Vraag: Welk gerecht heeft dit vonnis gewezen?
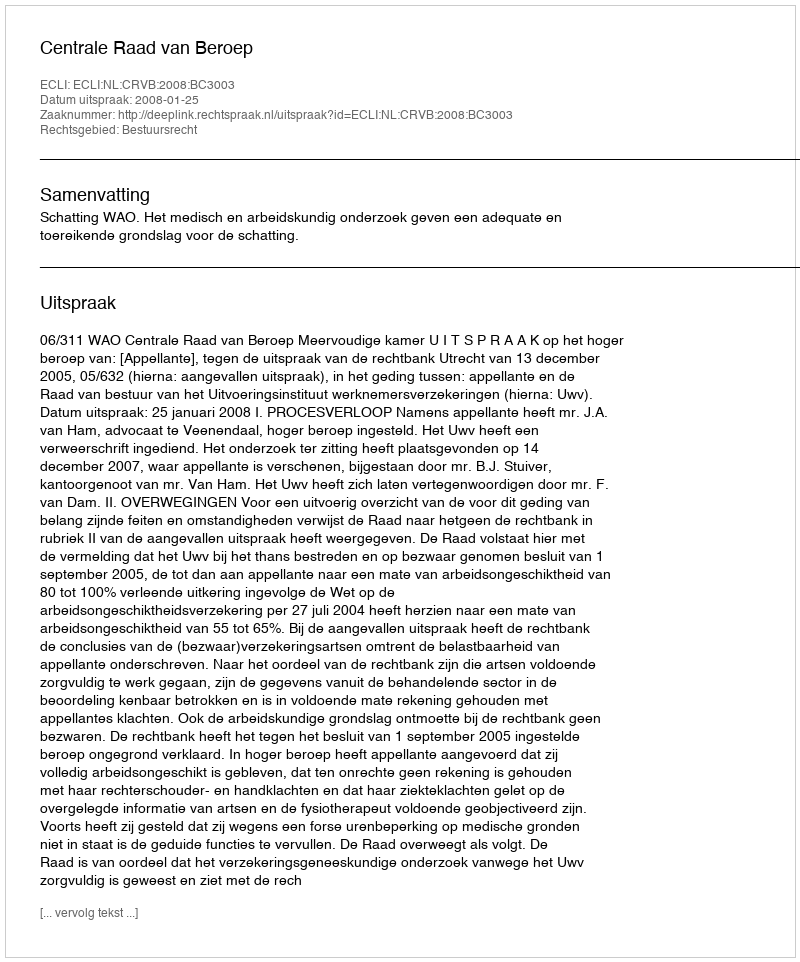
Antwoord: Centrale Raad van Beroep